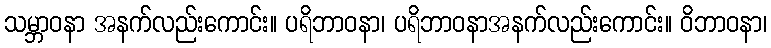
သမ္ဘာဝနာ အနက်လည်းကောင်း။ ပရိဘာဝနာ၊ ပရိဘာဝနာအနက်လည်းကောင်း။ ဝိဘာဝနာ၊